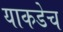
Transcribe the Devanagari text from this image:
याकडेच